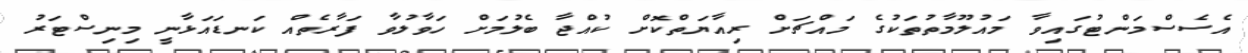
އެސެސްމަންޓުގައިވާ މައުލޫމާތުތަކުގެ މައްޗަށް ރިއާޔަތްކޮށް ކުއްޖާ ބެލުމަށް ހަވާލުވާ ފަރާތެއް ކަނޑައަޅާނީ މިނިސްޓަރު